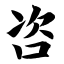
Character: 咨